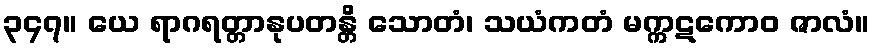
၃၄၇။ ယေ ရာဂရတ္တာနုပတန္တိ သောတံ၊ သယံကတံ မက္ကဋကောဝ ဇာလံ။